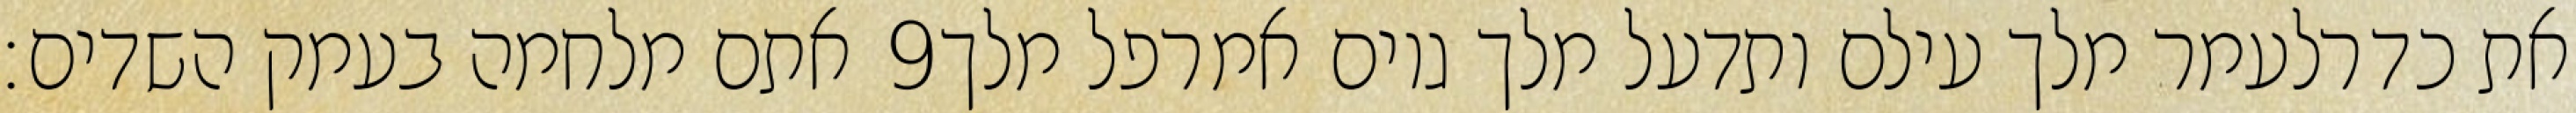
אתם מלחמה בעמק השדים׃ ‎9‏ את כדרלעמר מלך עילם ותדעל מלך גוים אמרפל מלך